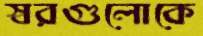
স্বরগুলোকে